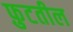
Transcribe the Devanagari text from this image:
फ़ुटतील